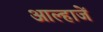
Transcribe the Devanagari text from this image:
आल्हाजें